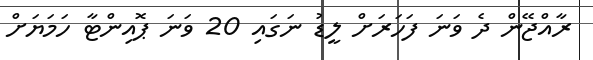
ރާއްޖޭން ދެ ވަނަ ފަހަރަށް ލީޑު ނަގައި 20 ވަނަ ޕޮއިންޓާ ހަމަޔަށް